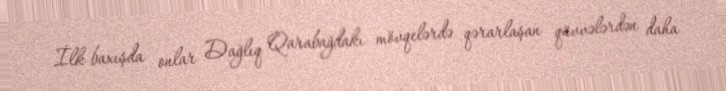
İlk baxışda onlar Dağlıq Qarabağdakı mövqelərdə qərarlaşan qüvvələrdən daha